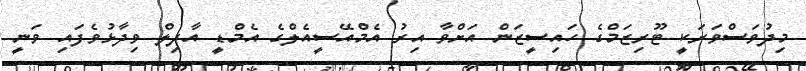
މިދުވަސްވަރަކީ ޓޫރިޒަމްގެ ހައިސީޒަން އަށްވާ އިރު އެމްއޭސީއެލްގެ އެމްޑީ އާދިލް ވިދާޅުވެފައި ވަނީ